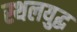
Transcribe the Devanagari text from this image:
स्थलयुद्ध